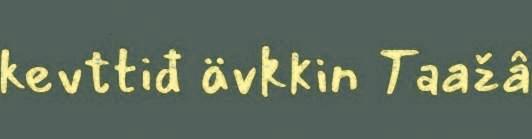
kevttiđ ävkkin Taažâ